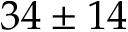
3 4 \pm 1 4